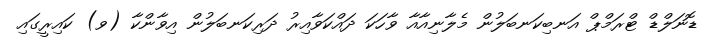
ޑޮނަލްޑް ޓްރަމްޕް އަނބިކަނބަލުން މެލާނިއާއާ ވާހަކަ ދައްކަވާއިރު ދަރިކަނބަލުން އިވާންކާ (ވ) ކައިރީގައި